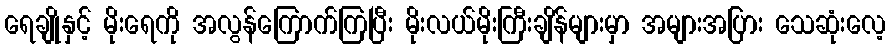
ရေချိုနှင့် မိုးရေကို အလွန်ကြောက်ကြပြီး မိုးလယ်မိုးကြီးချိန်များမှာ အများအပြား သေဆုံးလေ့